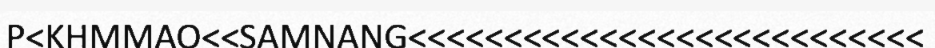
P<KHMMAO<<SAMNANG<<<<<<<<<<<<<<<<<<<<<<<<<<<